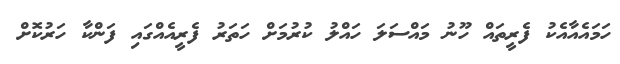
ހަމައެއާއެކު ފެރީތައް ހޫނު މައްސަލަ ހައްލު ކުރުމަށް ހަތަރު ފެރީއެއްގައި ފަންކާ ހަރުކޮށް